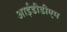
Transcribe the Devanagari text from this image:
आईडीडीएम